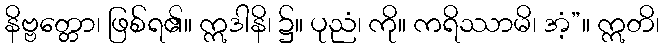
နိဗ္ဗတ္တော၊ ဖြစ်ရ၏။ ဣဒါနိ၊ ၌။ ပုညံ၊ ကို။ ကရိဿာမိ၊ အံ့”။ ဣတိ၊